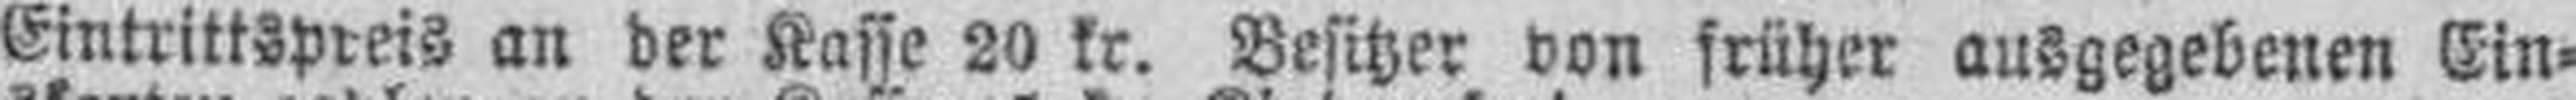
Eintrittspreis an der Kasse 20 kr. Besitzer von früher ausgegebenen Ein¬